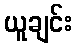
ယူချင်း